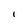
Character: I